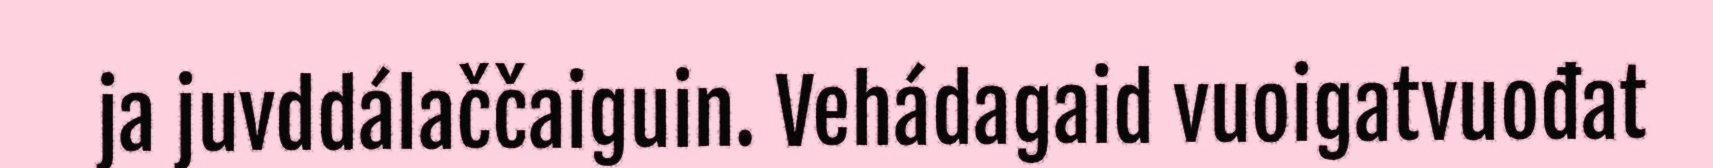
ja juvddálaččaiguin. Vehádagaid vuoigatvuođat